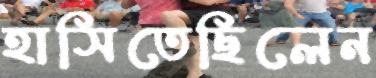
হাসিতেছিলেন